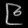
Digit: ၉